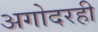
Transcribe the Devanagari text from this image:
अगोदरही